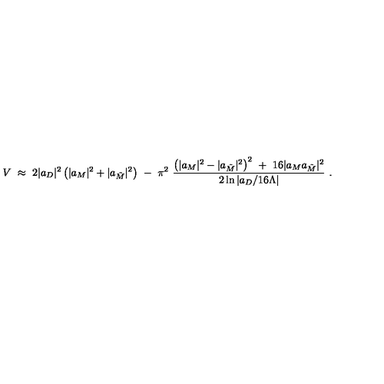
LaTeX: V \ \approx \ 2 | a _ { D } | ^ { 2 } \left( | a _ { M } | ^ { 2 } + | a _ { \tilde { M } } | ^ { 2 } \right) \ - \ \pi ^ { 2 } \ { \frac { \left( | a _ { M } | ^ { 2 } - | a _ { \tilde { M } } | ^ { 2 } \right) ^ { 2 } \ + \ 1 6 | a _ { M } a _ { \tilde { M } } | ^ { 2 } } { 2 \ln { | a _ { D } / 1 6 \Lambda | } } } \ .